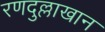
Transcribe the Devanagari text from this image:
रणदुल्लाखान